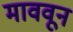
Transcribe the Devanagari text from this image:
माववून